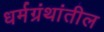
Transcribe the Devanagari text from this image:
धर्मग्रंथांतील